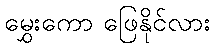
မွှေးကော ဖြေနိုင်လား